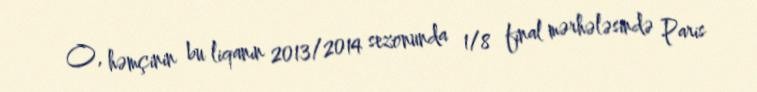
O, həmçinin bu liqanın 2013/2014 sezonunda 1/8 final mərhələsində Paris